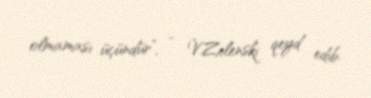
olmaması üçündür”, - V.Zelenski qeyd edib.